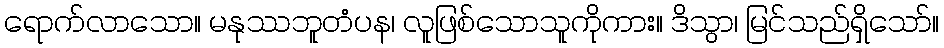
ရောက်လာသော။ မနုဿဘူတံပန၊ လူဖြစ်သောသူကိုကား။ ဒိသွာ၊ မြင်သည်ရှိသော်။